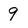
Character: 9